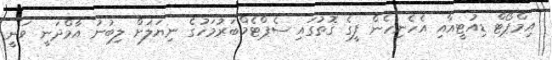
އިމްޕޯޓް ޑިއުޓީއާއި އެހެނިހެން ފީގެ ގޮތުގައި ސެޕްޓެމްބަރުމަހުގެ ނިޔަލަށް ލިބުނު އާމްދަނީ ވަނީ